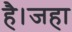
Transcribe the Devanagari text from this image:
है।जहा